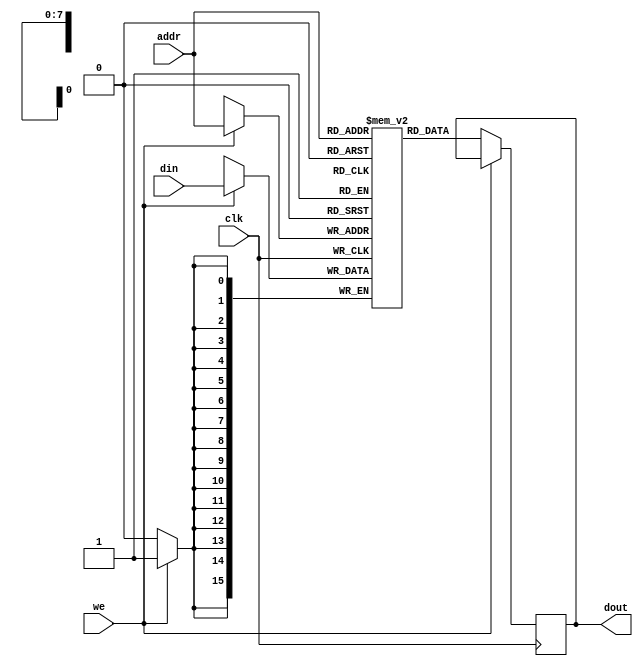
module memory_block (
    input wire clk,
    input wire we,       // Write enable
    input wire [7:0] addr, // Address
    input wire [15:0] din,  // Data input
    output reg [15:0] dout  // Data output
);
    reg [15:0] memory [0:255]; // 256 x 16-bit memory

    always @(posedge clk) begin
        if (we) begin
            memory[addr] <= din; // Write operation
        end else begin
            dout <= memory[addr]; // Read operation
        end
    end
endmodule